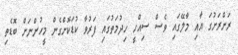
ރަށްރަށުގަ އާއި މާލޭގައި ވެސް ސިއްހީ ހިދުމަތުގައި ފަރުވާ ކުޑަކޮށްގެން މީހުންނަށް ބޮޑެތި